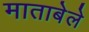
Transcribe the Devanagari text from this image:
माताबेले